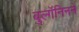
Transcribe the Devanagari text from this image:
बुल्गॅनिनने